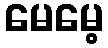
မေမေ့